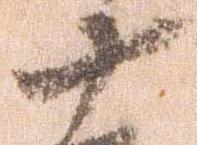
十